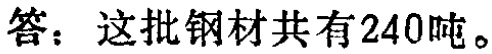
答：这批钢材共有240吨。